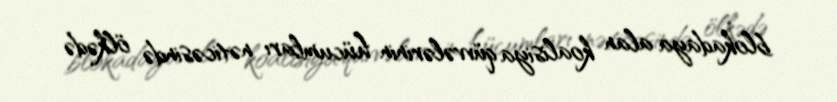
blokadaya alan koalisiya qüvvələrinin hücumları nəticəsində ölkədə